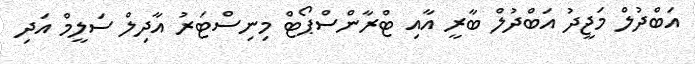
އަބްދުލް މަޖީދު އަބްދުލް ބާރީ އާއި ޓްރާންސްޕޯޓް މިނިސްޓަރު އާދިލް ސަލީމް އަދި